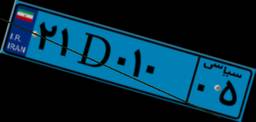
۴۶D۲۱۳۰۶